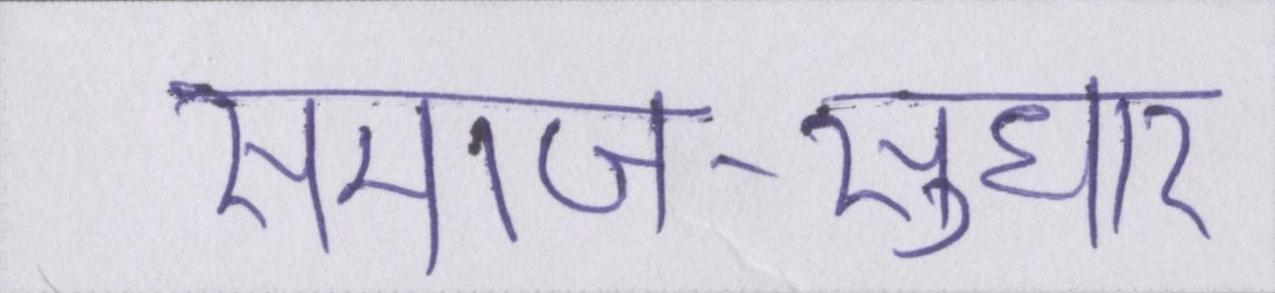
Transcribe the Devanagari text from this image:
समाज-सुधार